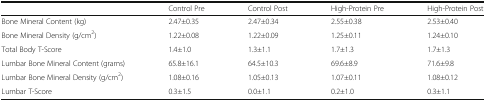
<table><thead><tr><td></td><td><b>Control Pre</b></td><td><b>Control Post</b></td><td><b>High-Protein Pre</b></td><td><b>High-Protein Post</b></td></tr></thead><tbody><tr><td>Bone Mineral Content (kg)</td><td>2.47±0.35</td><td>2.47±0.34</td><td>2.55±0.38</td><td>2.53±0.40</td></tr><tr><td>Bone Mineral Density (g/cm<sup>2</sup>)</td><td>1.22±0.08</td><td>1.22±0.09</td><td>1.25±0.11</td><td>1.24±0.10</td></tr><tr><td>Total Body T-Score</td><td>1.4±1.0</td><td>1.3±1.1</td><td>1.7±1.3</td><td>1.7±1.3</td></tr><tr><td>Lumbar Bone Mineral Content (grams)</td><td>65.8±16.1</td><td>64.5±10.3</td><td>69.6±8.9</td><td>71.6±9.8</td></tr><tr><td>Lumbar Bone Mineral Density (g/cm<sup>2</sup>)</td><td>1.08±0.16</td><td>1.05±0.13</td><td>1.07±0.11</td><td>1.08±0.12</td></tr><tr><td>Lumbar T-Score</td><td>0.3±1.5</td><td>0.0±1.1</td><td>0.2±1.0</td><td>0.3±1.1</td></tr></tbody></table>